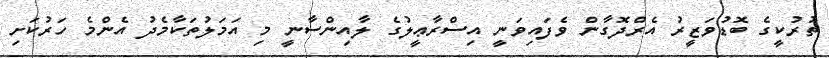
ތުރުކީގެ ބޮޑުވަޒީރު އެރްދޮގާން ވެފައިވަނީ އިސްރާޢީލުގެ ލާއިންސާނީ މި އަމަލުތަކާމެދު އެންމެ ހަރުކަށި